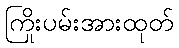
ကြိုးပမ်းအားထုတ်